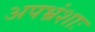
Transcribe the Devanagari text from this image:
अपभ्रंशाः